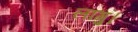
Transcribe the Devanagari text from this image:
लागु।